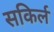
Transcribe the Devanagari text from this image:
सकिर्ल